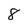
Character: 8